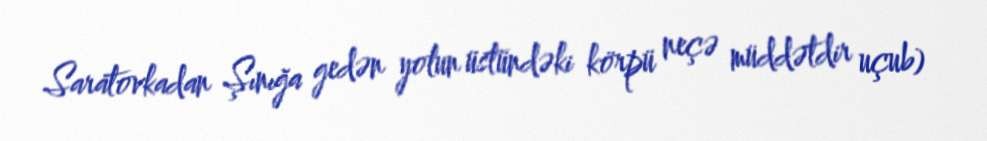
Saratovkadan Şınığa gedən yolun üstündəki körpü neçə müddətdir uçub)